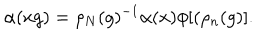
LaTeX: \alpha ( x g ) = \rho _ { N } ( g ) ^ { - 1 } \alpha ( x ) \phi [ ( \rho _ { n } ( g ) ] .